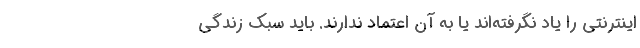
اینترنتی را یاد نگرفته‌اند یا به آن اعتماد ندارند. باید سبک زندگی